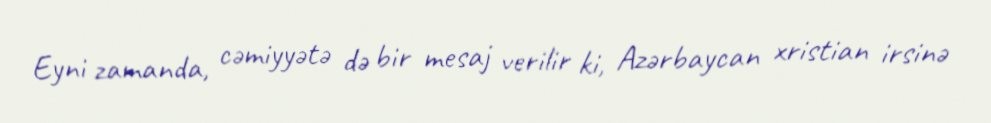
Eyni zamanda, cəmiyyətə də bir mesaj verilir ki, Azərbaycan xristian irsinə